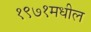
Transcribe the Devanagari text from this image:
१९७१मधील